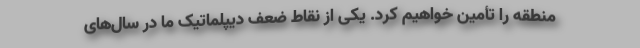
منطقه را تأمین خواهیم کرد. ‌یکی از نقاط ضعف دیپلماتیک ما در سال‌های